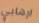
ارهابي